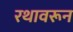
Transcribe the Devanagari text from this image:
रथावरून